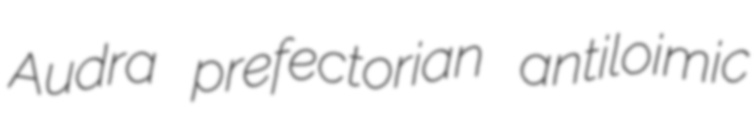
Audra prefectorian antiloimic